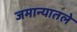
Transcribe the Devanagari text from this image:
जमान्यातले